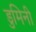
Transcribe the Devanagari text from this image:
डुमिनी